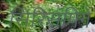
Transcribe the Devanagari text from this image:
सिरिसंपिगे